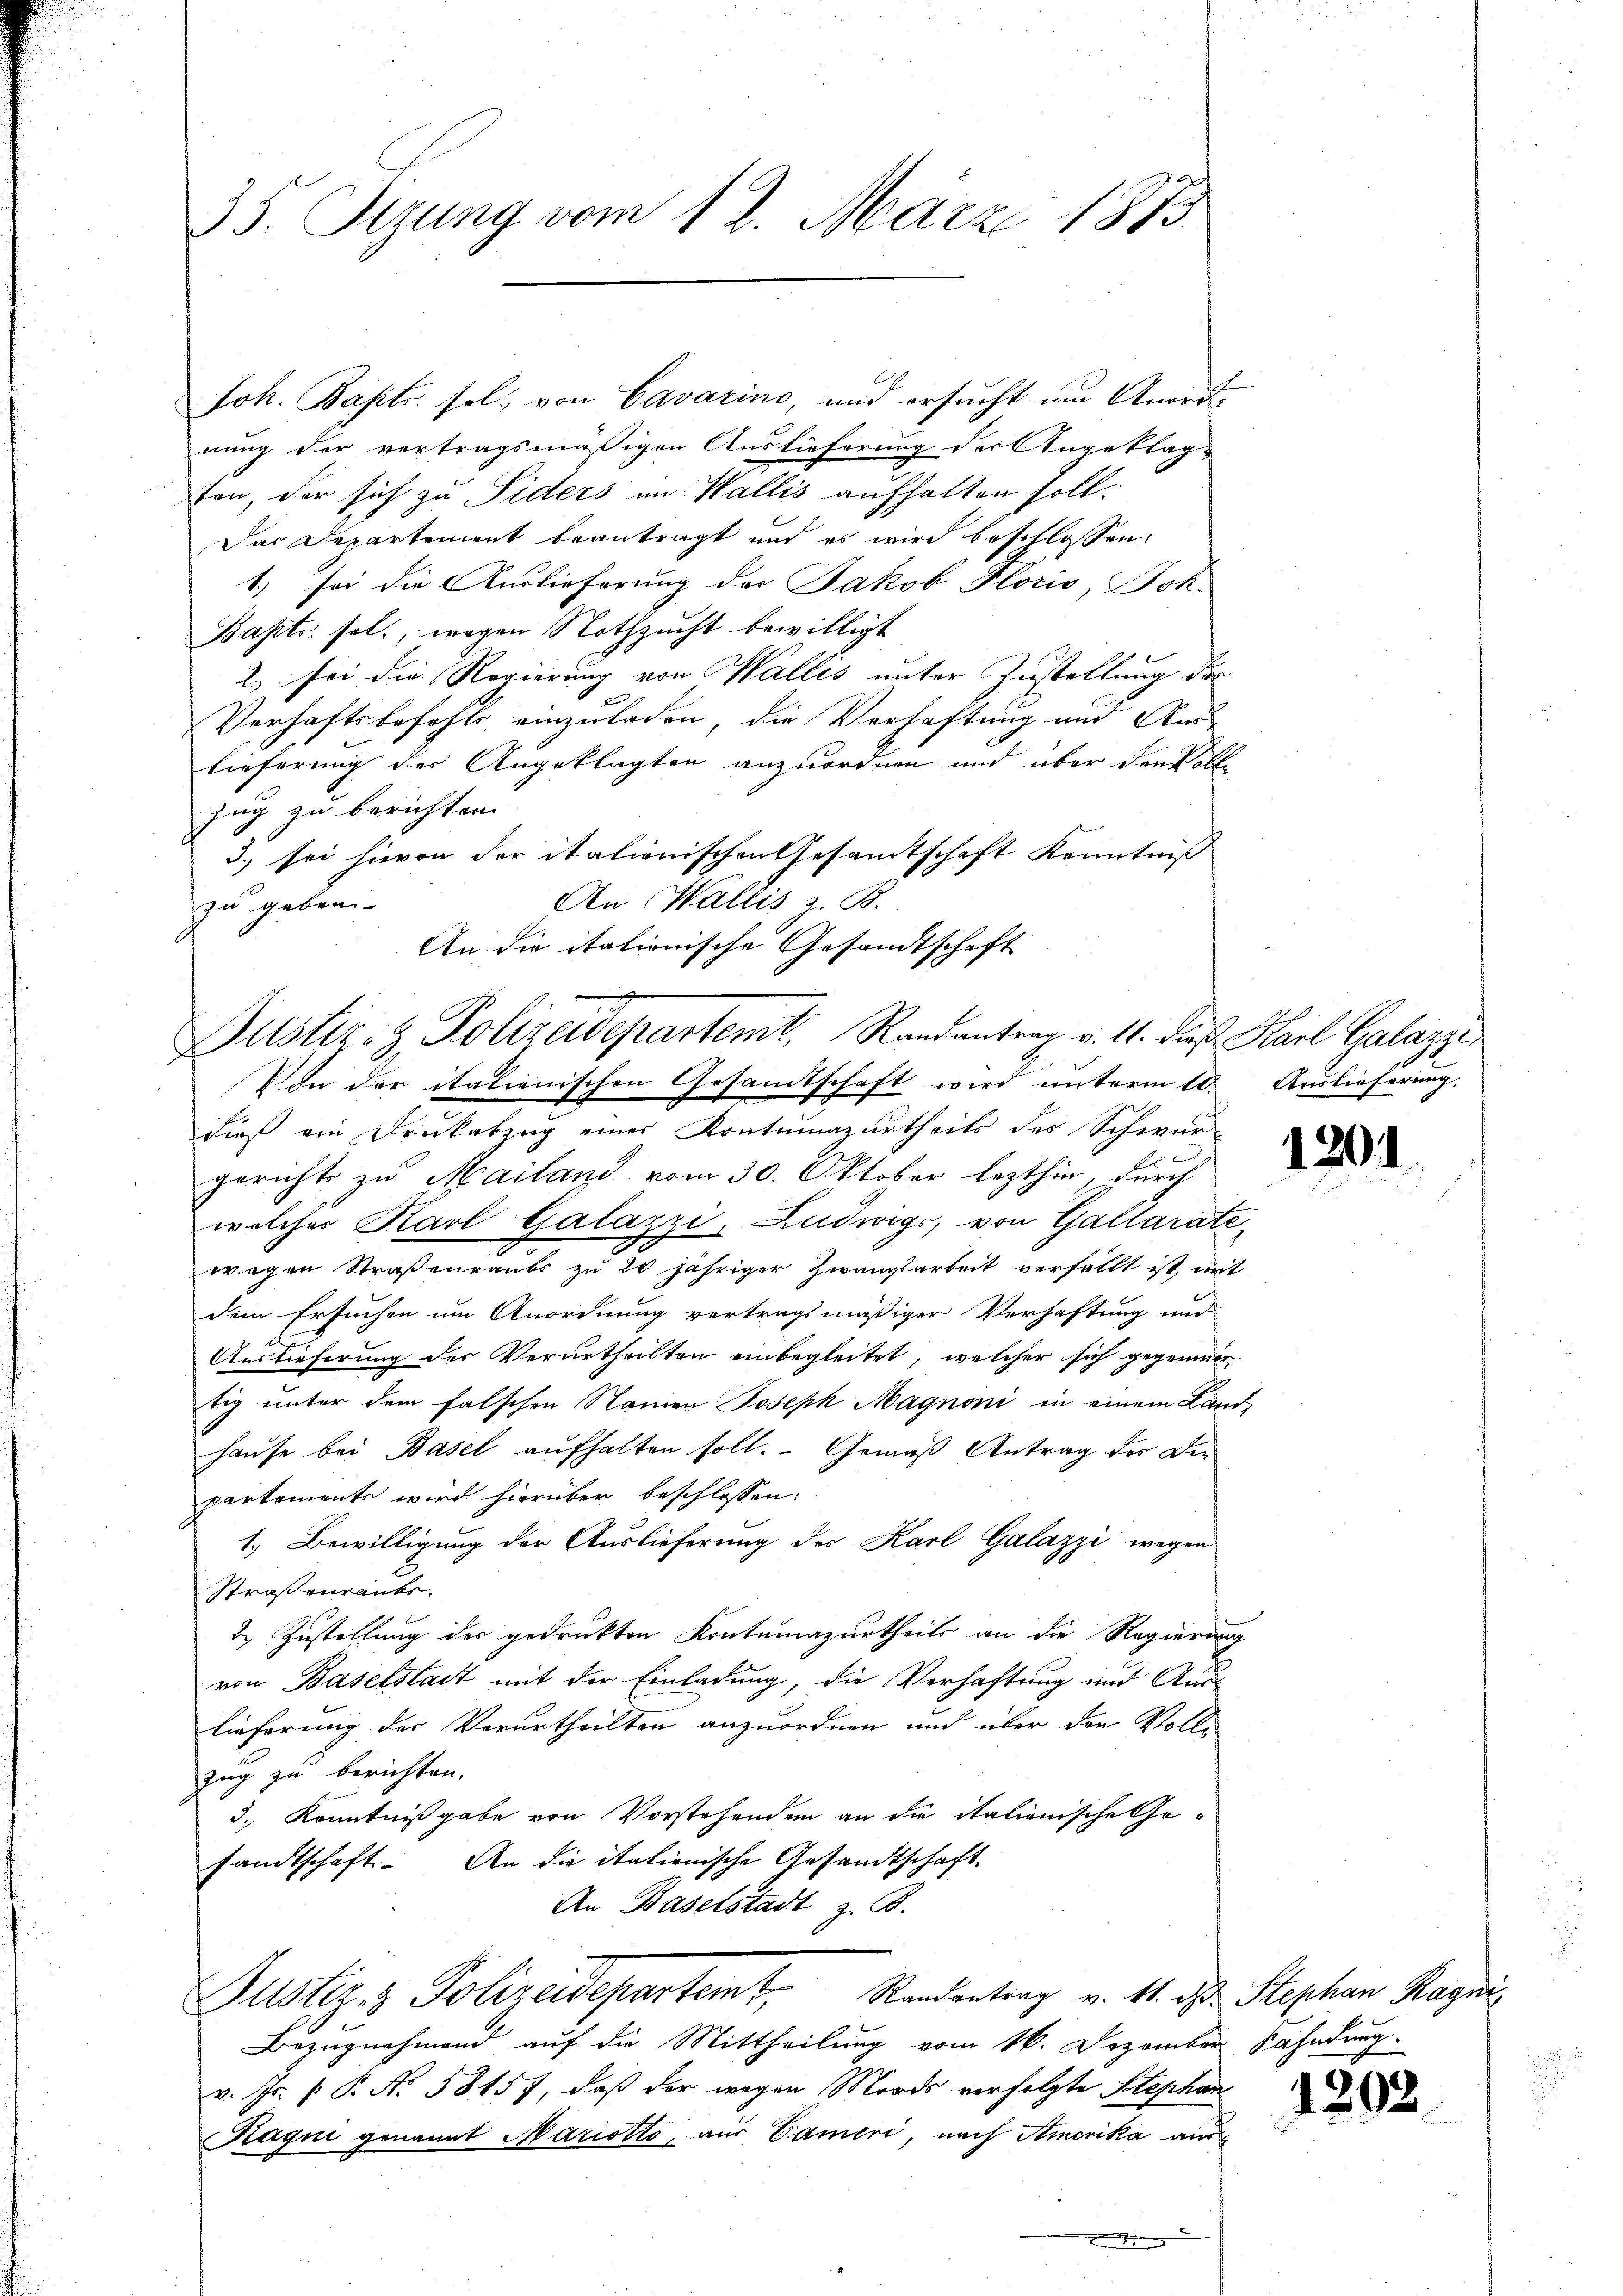
35. Sizung vom 12. März 1873.

Joh. Bapts. sel. von Cavarino, und ersucht um Anordnung der vertragsmäßigen Auslieferung der Angeklag-
fon, der sich zu Siders im Wallis aufhalten soll.
Der Departement beantragt und es wird beschlossen:
1.) sei die Auslieferung des Jakob Floris, Joh.
Baptr. sel., wegen Nothzucht bewilligt
2.) sei die Regierung von Wallis unter Zustellung der
Verhaftsbefehls, einzuladen, die Verhaftung und Aus-
lieferung des Angeklagten anzuordnen und über den Vollzug zu berichten.
3.) sei hievon der italienischen Gesamtschaft Kenntniß
An Wallis z. B.
zu geben.
An die italienische Gesandtschaft

Justiz- & Polizeidepartemt, Randantrag v. 1. dieß Karl Galazz
Von der italienischen Gesandtschaft wird unterm 10. Auslieferung.

Bezugnehmend auf die Mittheilung vom 16. Dezember Fahndung
v. Js. f. P. No. 58157, daß der wegen Mords verfolgte Stephan
Ragii genannt Maristto, aus Cameri, nach Amerika aus

dieß ein Drukabzug eines Kontrunazurtheils des Schwurgerichts zu Mailand vom 30. Oktober lezthin, durch
welches Karl Galazzi, Ludwigs, von Gallaratewegen Straßenraubs zu 20 jähriger Zwangsarbeit verfällt ist mit
dem Ersuchen um Anordnung vertragsmäßiger Verhaftung und
Auslieferung der Verurtheilten einbegleitet, welcher sich gegenwär
tig unter dem falschen Namen Joseph Magnoni in einem Land-
hause bei Basel aufhalten soll. Gemäß Antrag des Die
partements wird hierüber beschlossen:
1.) Bewilligung der Auslieferung des Karl Galazzi wegen
Straßenrants.
2.) Zustellung der gedruckten Kontumazurtheils an die Regierung
von Baselstadt mit der Einladung, die Verhaftung und Auslieferung der Verurtheilten anzuordnen und über den Vollzug zu berichten.
3., Kenntnißgabe von Vorstehenden an die italienische Gesandtschaft. An die itationische Gesandtschaft.
An Baselstadt z. B.
Justiz & Polizeidepartemt. Randentrag v. 11. ist. Stephan Magni

1201

1202.